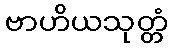
ဗာဟိယသုတ္တံ